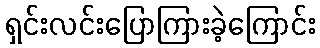
ရှင်းလင်းပြောကြားခဲ့ကြောင်း